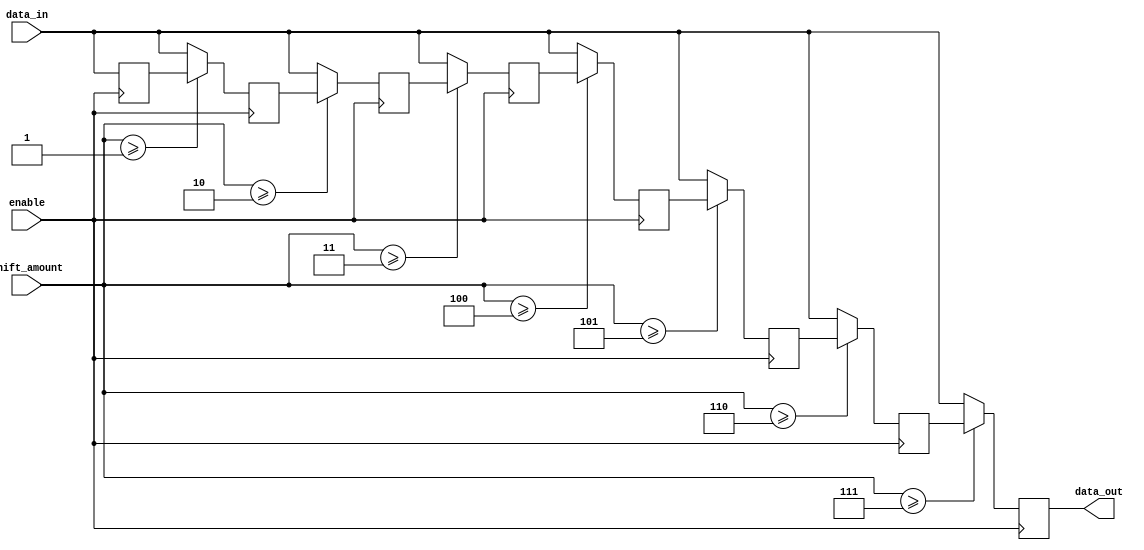
module Barrel_Shifter (
    input enable,
    input [7:0] data_in,
    input [2:0] shift_amount,
    output [7:0] data_out
);

reg [7:0] stage0, stage1, stage2, stage3, stage4, stage5, stage6, stage7;

always @ (posedge enable)
begin
    stage0 <= data_in;
    stage1 <= (shift_amount >= 1) ? stage0 : data_in;
    stage2 <= (shift_amount >= 2) ? stage1 : data_in;
    stage3 <= (shift_amount >= 3) ? stage2 : data_in;
    stage4 <= (shift_amount >= 4) ? stage3 : data_in;
    stage5 <= (shift_amount >= 5) ? stage4 : data_in;
    stage6 <= (shift_amount >= 6) ? stage5 : data_in;
    stage7 <= (shift_amount >= 7) ? stage6 : data_in;
end

assign data_out = stage7;

endmodule